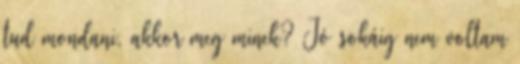
tud mondani, akkor meg minek? Jó sokáig nem voltam